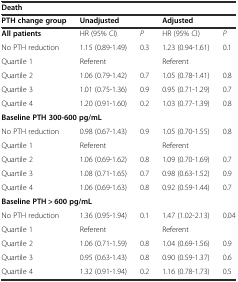
<table><thead><tr><td colspan="5"><b>Death</b></td></tr><tr><td><b>PTH change group</b></td><td colspan="2"><b>Unadjusted</b></td><td colspan="2"><b>Adjusted</b></td></tr></thead><tbody><tr><td><b>All patients</b></td><td>HR (95% CI)</td><td><i>P</i></td><td>HR (95% CI)</td><td><i>P</i></td></tr><tr><td>No PTH reduction</td><td>1.15 (0.89-1.49)</td><td>0.3</td><td>1.23 (0.94-1.61)</td><td>0.1</td></tr><tr><td>Quartile 1</td><td>Referent</td><td></td><td>Referent</td><td></td></tr><tr><td>Quartile 2</td><td>1.06 (0.79-1.42)</td><td>0.7</td><td>1.05 (0.78-1.41)</td><td>0.8</td></tr><tr><td>Quartile 3</td><td>1.01 (0.75-1.36)</td><td>0.9</td><td>0.95 (0.71-1.29)</td><td>0.7</td></tr><tr><td>Quartile 4</td><td>1.20 (0.91-1.60)</td><td>0.2</td><td>1.03 (0.77-1.39)</td><td>0.8</td></tr><tr><td colspan="5"><b>Baseline PTH 300-600 pg/mL</b></td></tr><tr><td>No PTH reduction</td><td>0.98 (0.67-1.43)</td><td>0.9</td><td>1.05 (0.70-1.55)</td><td>0.8</td></tr><tr><td>Quartile 1</td><td>Referent</td><td></td><td>Referent</td><td></td></tr><tr><td>Quartile 2</td><td>1.06 (0.69-1.62)</td><td>0.8</td><td>1.09 (0.70-1.69)</td><td>0.7</td></tr><tr><td>Quartile 3</td><td>1.08 (0.71-1.65)</td><td>0.7</td><td>0.98 (0.63-1.52)</td><td>0.9</td></tr><tr><td>Quartile 4</td><td>1.06 (0.69-1.63)</td><td>0.8</td><td>0.92 (0.59-1.44)</td><td>0.7</td></tr><tr><td colspan="5"><b>Baseline PTH &gt; 600 pg/mL</b></td></tr><tr><td>No PTH reduction</td><td>1.36 (0.95-1.94)</td><td>0.1</td><td>1.47 (1.02-2.13)</td><td>0.04</td></tr><tr><td>Quartile 1</td><td>Referent</td><td></td><td>Referent</td><td></td></tr><tr><td>Quartile 2</td><td>1.06 (0.71-1.59)</td><td>0.8</td><td>1.04 (0.69-1.56)</td><td>0.9</td></tr><tr><td>Quartile 3</td><td>0.95 (0.63-1.43)</td><td>0.8</td><td>0.90 (0.59-1.37)</td><td>0.6</td></tr><tr><td>Quartile 4</td><td>1.32 (0.91-1.94)</td><td>0.2</td><td>1.16 (0.78-1.73)</td><td>0.5</td></tr></tbody></table>